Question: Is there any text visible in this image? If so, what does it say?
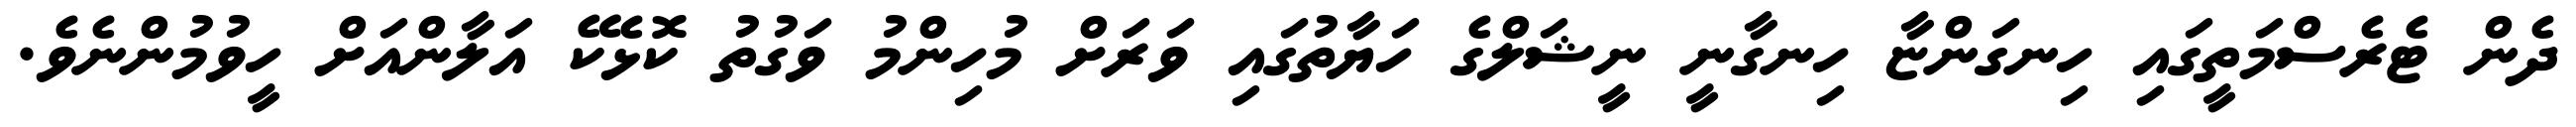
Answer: ދެން ޓެރެސްމަތީގައި ހިނގަންޏާ ހިނގާނީ ނީޝަލްގެ ހަޔާތުގައި ވަރަށް މުހިންމު ވަގުތު ކޮޅެކޭ އަލާންއަށް ހީވުމުންނެވެ.